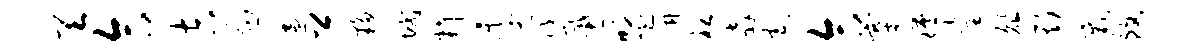
天合吉局遍卿夥域料季筏戴盟阱袒奔宅合寨腾童俎斯裁致